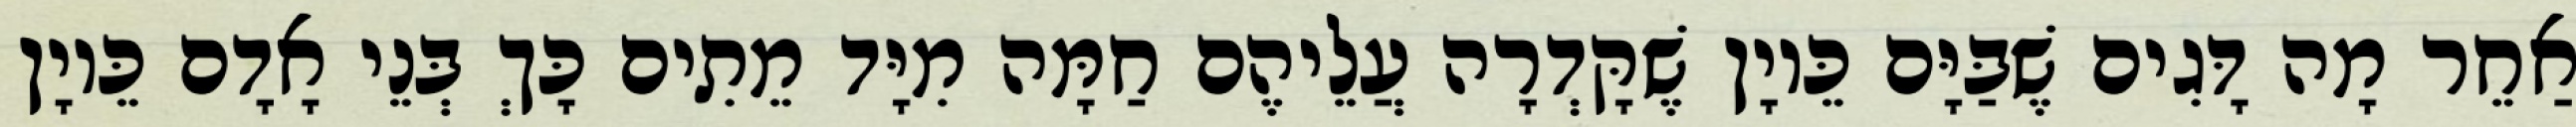
אַחֵר מָה דָּגִים שֶׁבַּיָּם כֵּיוָן שֶׁקָּדְרָה עֲלֵיהֶם חַמָּה מִיָּד מֵתִים כָּךְ בְּנֵי אָדָם כֵּיוָן